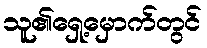
သူ၏ရှေ့မှောက်တွင်